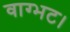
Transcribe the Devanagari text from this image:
वाग्भट।